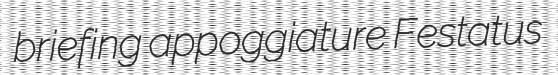
briefing appoggiature Festatus